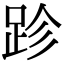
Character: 跈